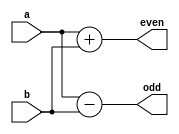
module decomp0 (input signed [0:7]a,b,
output signed [0:8] even,odd);

assign even = a + b;
assign odd = a - b;

endmodule